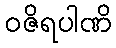
ဝဇိရပါဏိ